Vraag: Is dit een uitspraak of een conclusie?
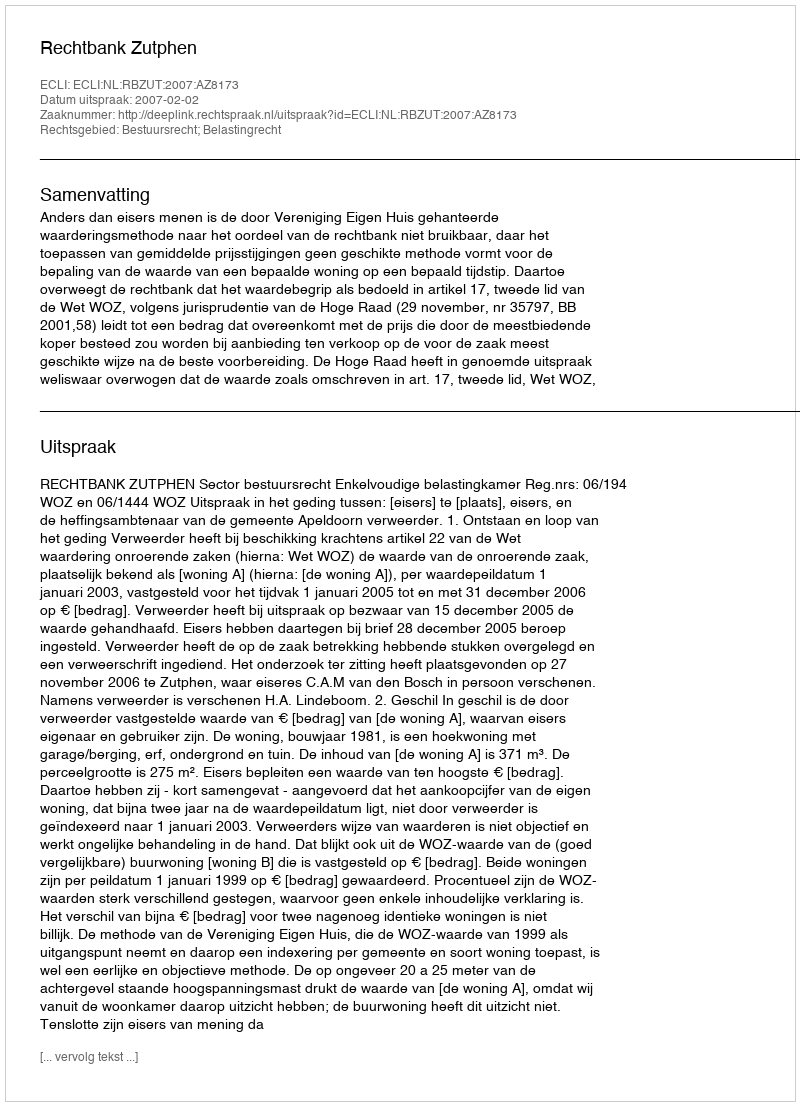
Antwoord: Uitspraak